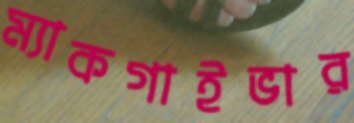
ম্যাকগাইভার